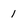
Character: 1